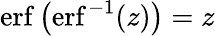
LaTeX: \operatorname{erf}\left(\operatorname{erf}^{-1}(z)\right)=z